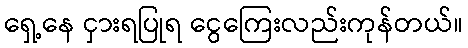
ရှေ့နေ ငှားရပြုရ ငွေကြေးလည်းကုန်တယ်။